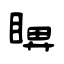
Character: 睤